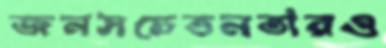
জনসচেতনতারও